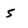
Character: 5